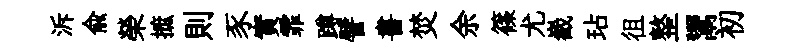
泝兪榮摭則豕實霏蹲譬書焚余篠尤嶻玷徂整鬻初